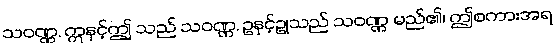
သဝဏ္ဏ, ဣနှင့်ဤ သည် သဝဏ္ဏ, ဥနှင့်ဥုသည် သဝဏ္ဏ မည်၏၊ ဤစကားအရ